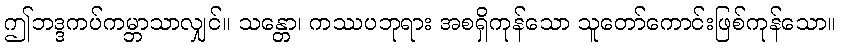
ဤဘဒ္ဒကပ်ကမ္ဘာသာလျှင်။ သန္တော၊ ကဿပဘုရား အစရှိကုန်သော သူတော်ကောင်းဖြစ်ကုန်သော။